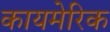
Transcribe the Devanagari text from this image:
कायमेरिक